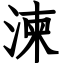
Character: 湅